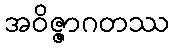
အဝိဇ္ဇာဂတဿ